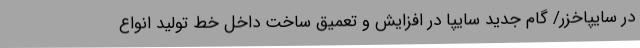
در سایپاخزر/ گام جدید سایپا در افزایش و تعمیق ساخت داخل خط تولید انواع